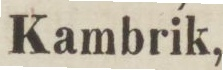
Kambrik,